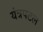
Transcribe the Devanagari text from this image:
यंत्रपटल